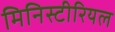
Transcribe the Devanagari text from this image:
मिनिस्टीरियल